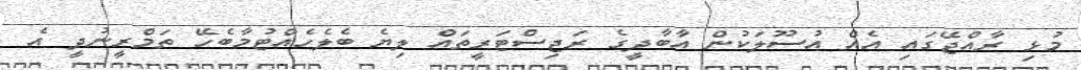
މުޅި ރާއްޖޭގައި އެއް އުސޫލަކުން އާބާދީގެ ރަޖިސްޓަރީތައް ލިޔެ ބެލެހެއްޓުމާބެހޭ ތަމްރީނުދީ އެ